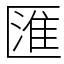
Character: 匯